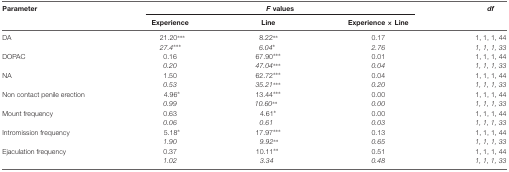
| Parameter | <COLSPAN=3> F values | df |
 |  | Experience | Line | Experience × Line |
 | --- | --- | --- | --- | --- |
 | DA | 21.20*** | 8.22** | 0.17 | 1, 1, 1, 44 |
 |  | 27.4*** | 6.04* | 2.76 | 1, 1, 1, 33 |
 | DOPAC | 0.16 | 67.90*** | 0.01 | 1, 1, 1, 44 |
 |  | 0.20 | 47.04*** | 0.04 | 1, 1, 1, 33 |
 | NA | 1.50 | 62.72*** | 0.04 | 1, 1, 1, 44 |
 |  | 0.53 | 35.21*** | 0.20 | 1, 1, 1, 33 |
 | Non contact penile erection | 4.96* | 13.44*** | 0.00 | 1, 1, 1, 44 |
 |  | 0.99 | 10.60** | 0.00 | 1, 1, 1, 33 |
 | Mount frequency | 0.63 | 4.61* | 0.00 | 1, 1, 1, 44 |
 |  | 0.06 | 0.61 | 0.03 | 1, 1, 1, 33 |
 | Intromission frequency | 5.18* | 17.97*** | 0.13 | 1, 1, 1, 44 |
 |  | 1.90 | 9.92** | 0.65 | 1, 1, 1, 33 |
 | Ejaculation frequency | 0.37 | 10.11** | 0.51 | 1, 1, 1, 44 |
 |  | 1.02 | 3.34 | 0.48 | 1, 1, 1, 33 |